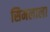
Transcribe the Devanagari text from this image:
सिमलाला